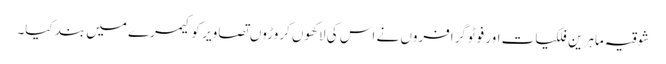
شوقیہ ماہرینِ فلکیات اور فوٹوگرافروں نے اس کی لاکھوں کروڑوں تصاویر کو کیمرے میں بند کیا۔